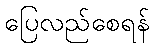
ပြေလည်စေရန်